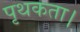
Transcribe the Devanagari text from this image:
पृथकता।